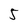
Character: 5